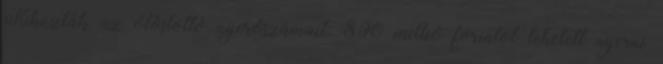
Kihúzták az ötöslottó nyerőszámait: 890 millió forintot lehetett nyerni